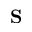
\bf S